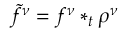
\tilde { f } ^ { \nu } = f ^ { \nu } * _ { t } \rho ^ { \nu }